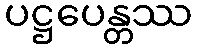
ပဋ္ဌပေန္တဿ